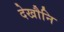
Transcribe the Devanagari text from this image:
देखौनि